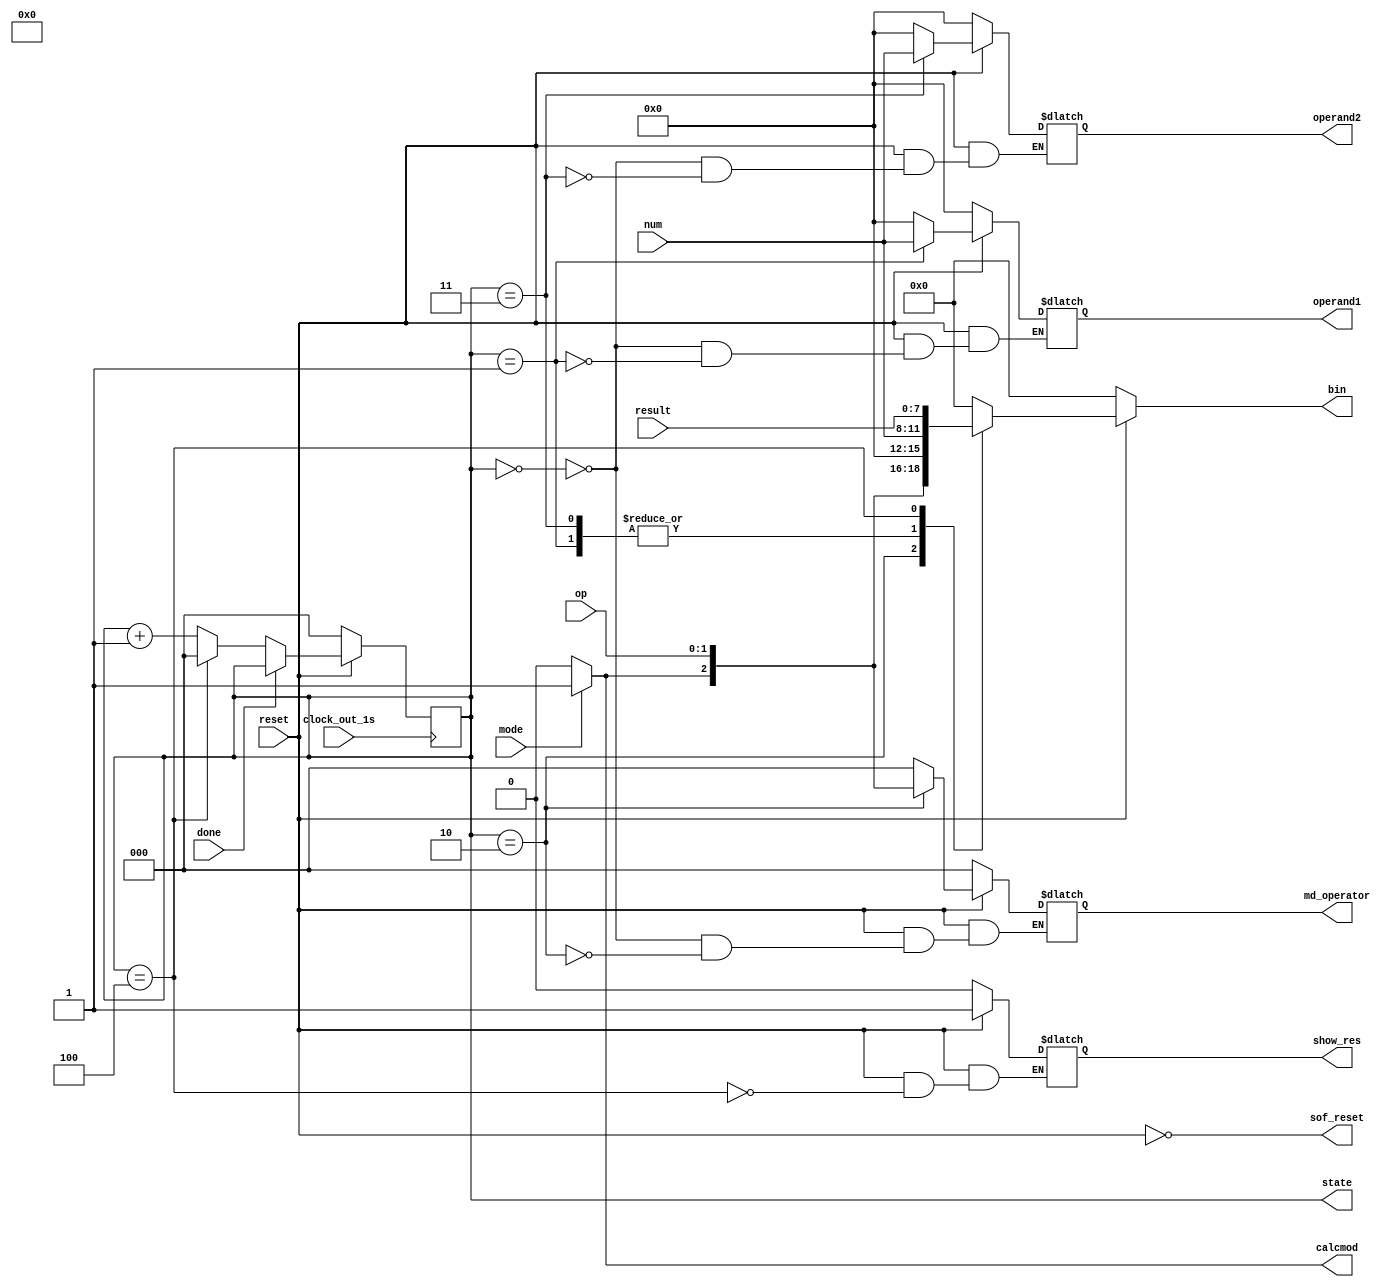
  module input_calc (operand1, operand2, md_operator, sof_reset, reset, num,done,mode,op, calcmod,clock_out_1s,state, show_res,bin, result);
  
  output reg [3:0]operand1 = 4'b0000;//first input
  output reg [3:0]operand2 = 4'b0000; //second input
  output reg [2:0]md_operator= 3'b000; //select custom/scientific mode
  output wire sof_reset; //reset the whole circuit
  input wire reset; 
  input wire [3:0]num; 
  input wire [1:0]op;  //selction of the operator
  input mode;
  output wire calcmod;
  input wire [7:0]result;
  output reg [2:0]state = 3'b000;
  input wire done;
  input wire clock_out_1s;
  wire push;
 output reg show_res; 
 output reg [7:0]bin;
 
  
  parameter S0 = 3'b000;//reset
  parameter S1 = 3'b001;//num1
  parameter S2 = 3'b010;//operator
  parameter S3 = 3'b011;//num2
  parameter S4 = 3'b100;//result
  
  assign sof_reset = (~reset);
  assign calcmod = mode?(1'b1):(1'b0);
  assign push = (~done);
  
     always @ (posedge clock_out_1s)//Clock slowed down to 1 hertz
      begin: SEQ
      	if(sof_reset)begin
      	state <= S0;

      end
      else if(push)begin
		   if(state==S4)
			state =S0;
			else
      	state <= state + 1;

      end
    
      end
  
        always @ (num, op, calcmod)//
      begin: COMB
		
		if(sof_reset)begin
			operand1 = 4'b0000;
     		operand2 = 4'b0000;
     		md_operator = 3'b000;
			show_res = 1'b0;
			
			bin = {8'b00000000};
		end
		else begin
		
        case(state)
        S0: begin
		  
         operand1 = 4'b0000;
     		operand2 = 4'b0000;
     		md_operator = 3'b000;
			
			bin = {8'b00000000};
        
		  end
          
        S1: begin
		   
          operand1[3:0] = num[3:0];        
			 bin = {4'b0000,operand1};
        
		  end
       
        S2: begin
		  
          md_operator[2:0] = {calcmod, op[1:0]};        
			 bin = {5'b00000,md_operator};  
       
		  end
          
        S3: begin
		  
          operand2[3:0] = num[3:0];
			bin = {4'b0000,operand2};
			 
			 
        
		  end
          
        S4: begin
		  
			 operand1=operand1;
		  operand2=operand2;
		  md_operator=md_operator;
		  show_res = 1'b1;
		  
			bin = result; 
        
		  end
		  
		  default: begin
		  operand1=operand1;
		  operand2=operand2;
		  md_operator=md_operator;		  
		  bin = 8'b00000000;
		  end
          
      endcase
		end
    end
	 

  endmodule